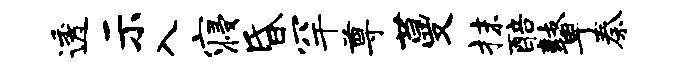
透示入寝昏罕尊蔓抹醅鼙秦